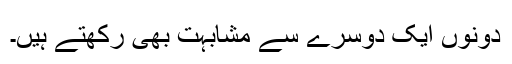
دونوں ایک دوسرے سے مشابہت بھی رکھتے ہیں۔